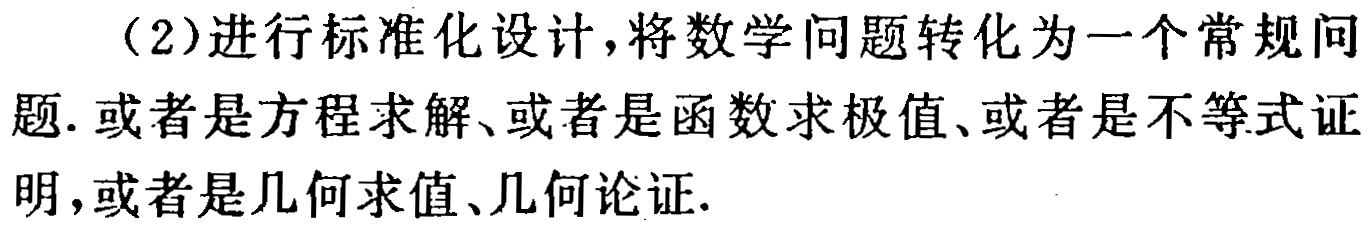
（2）进行标准化设计，将数学问题转化为一个常规问题. 或者是方程求解、或者是函数求极值、或者是不等式证明，或者是几何求值、几何论证.